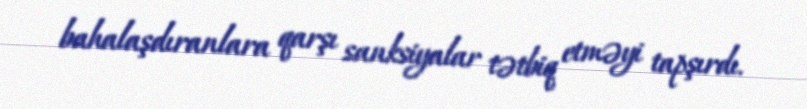
bahalaşdıranlara qarşı sanksiyalar tətbiq etməyi tapşırdı.